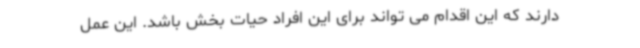
دارند که این اقدام می تواند برای این افراد حیات بخش باشد. این عمل